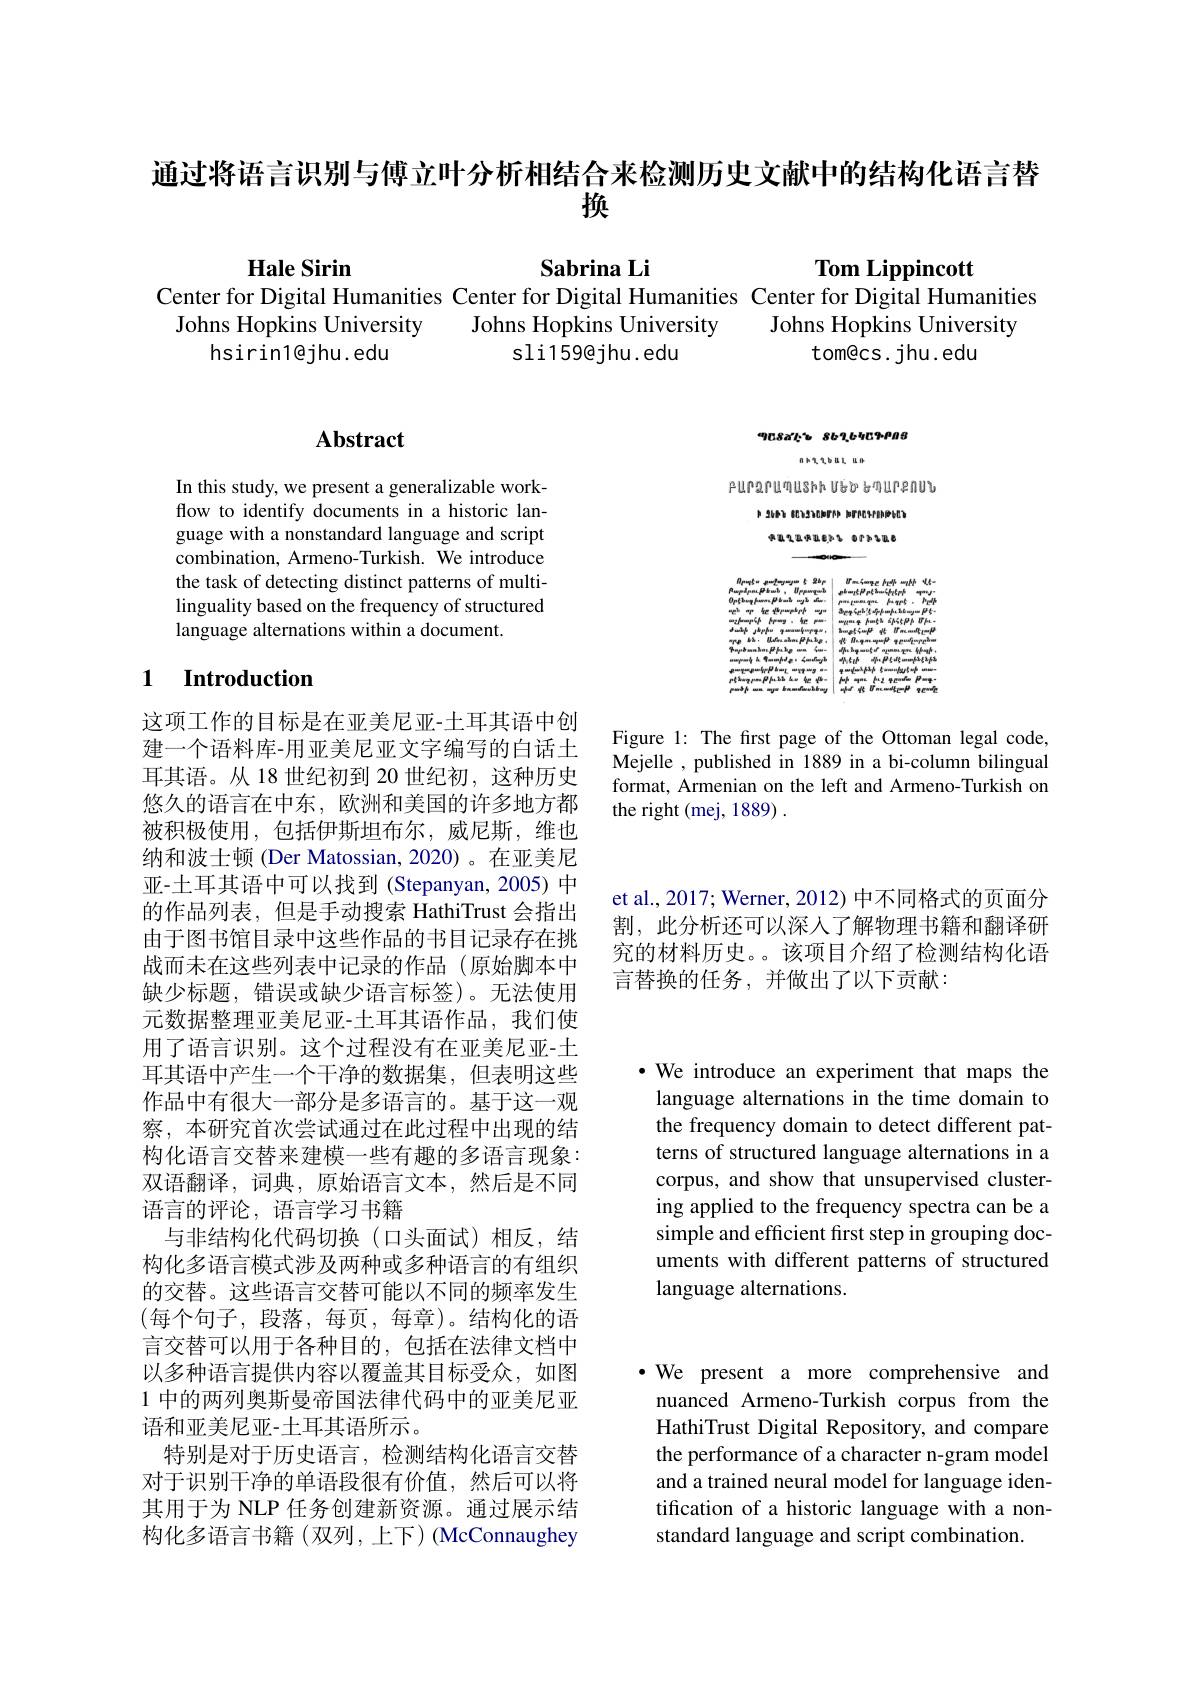
通过将语言识别与傅立叶分析相结合来检测历史文献中的结构化语言替
换

Hale Sirin

$\mathbf{SabrinaLi}$

Tom Lippincott
Center for Digital Humanities Center for Digital Humanities Center for Digital Humanities
Johns Hopkins University
Johns Hopkins University
Johns Hopkins University
hsirin1@jhu.edu
sli159@jhu.edu
tom@cs. jhu. edu

908arts 8616409908

自於後後的ul uman

PUPQPUTE VED GEN

P 2687 801370000 000091999000

承直气直快现起了 0113500

$\begin{array}{ccc}{R_{frupfu=gufangungun}\xi2bp}&{U_{m}\zeta_{mpe}k_{ll}mhh}&{U_{t}}\\{\Omega_{mp}\lambda_{pni}\beta b_{mi}\delta_{mi}\delta_{l},U_{r}p_{mi}q_{mi}b}&{g^{l-mj}\beta_{p}\zeta_{m}\zeta_{l}k_{l}m\zeta_{l}k_{l}n^{b}}&{q^{mnj}J}\end{array}$

$OP(bugfunc,Dbadughdw$

$M_{1}\xi _{2}h$ $d\mu , \beta _{2}d\xi _{2}mm\beta _{2}\xi _{2}\beta _{2}$

$wwpmqkqmmpdg,\zeta mfwg$

$\begin{array}{l|l|l|l|l}&\text{Prengempenfir}\beta km_{L}&\text{Preler}&\text{Prester}&\text{Prester}&\text{Prester}&\text{Prester}&\text{Prester}&\text{Prester}\\&\text{Prissting press}\beta k.\text{ba kus her qiles }&&\text{Priferes fiseres }&\text{Presteres}&\text{Prese}&\text{Prese}&\text{Prese}&\text{Prese}&\text{Prese}&\text{Prese}&\text{Prese}&\text{Preses}&\text{Preses}&\end{array}$

Figure 1: The first page of the Ottoman legal code, Mejelle , published in 1889 in a bi-column bilingual format, Armenian on the left and Armeno-Turkish on the right (mej, 1889) .

## $\mathbf{Abstract}$

In this study, we present a generalizable workflow to identify documents in a historic language with a nonstandard language and script combination, Armeno-Turkish. We introduce the task of detecting distinct patterns of multilinguality based on the frequency of structured language alternations within a document.

## 1 $\textbf{Introduction}$

这项工作的目标是在亚美尼亚-土耳其语中创建一个语料库-用亚美尼亚文字编写的白话土耳其语。从 18 世纪初到 20 世纪初，这种历史悠久的语言在中东，欧洲和美国的许多地方都被积极使用，包括伊斯坦布尔，威尼斯，维也纳和波士顿 (Der Matossian, 2020) 。在亚美尼亚-土耳其语中可以找到(Stepanyan,2005) 中的作品列表，但是手动搜索 HathiTrust 会指出由于图书馆目录中这些作品的书目记录存在挑战而未在这些列表中记录的作品(原始脚本中缺少标题，错误或缺少语言标签)。无法使用元数据整理亚美尼亚-土耳其语作品，我们使用了语言识别。这个过程没有在亚美尼亚-土耳其语中产生一个干净的数据集，但表明这些作品中有很大一部分是多语言的。基于这一观察，本研究首次尝试通过在此过程中出现的结构化语言交替来建模一些有趣的多语言现象： 双语翻译，词典，原始语言文本，然后是不同语言的评论，语言学习书籍
与非结构化代码切换(口头面试)相反，结构化多语言模式涉及两种或多种语言的有组织的交替。这些语言交替可能以不同的频率发生(每个句子，段落，每页，每章)。结构化的语言交替可以用于各种目的，包括在法律文档中以多种语言提供内容以覆盖其目标受众，如图1 中的两列奥斯曼帝国法律代码中的亚美尼亚语和亚美尼亚-土耳其语所示。
特别是对于历史语言，检测结构化语言交替对于识别干净的单语段很有价值，然后可以将其用于为 NLP 任务创建新资源。通过展示结构化多语言书籍(双列，上下)(McConnaughey

et al., 2017; Werner, 2012) 中不同格式的页面分割，此分析还可以深人了解物理书籍和翻译研究的材料历史。。该项目介绍了检测结构化语言替换的任务，并做出了以下贡献：

$\bullet$ We introduce an experiment that maps the language alternations in the time domain to the frequency domain to detect different patterns of structured language alternations in a corpus, and show that unsupervised clustering applied to the frequency spectra can be a simple and efficient first step in grouping documents with different patterns of structured language alternations.

·We present a more comprehensive and
nuanced Armeno-Turkish corpus from the HathiTrust Digital Repository, and compare the performance of a character n-gram model and a trained neural model for language identification of a historic language with a nonstandard language and script combination.